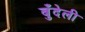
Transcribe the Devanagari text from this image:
बुँदेली